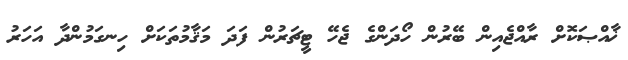
ޚާއްޞަކޮށް ރާއްޖެއިން ބޭރުން ހޯދަންގެ ޖެހޭ ޓީޗަރުން ފަދަ މަޤާމުތަކަށް ހިނގަމުންދާ އަހަރު